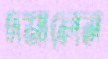
দমালেন